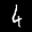
Label: 4